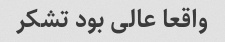
واقعا عالی بود تشکر